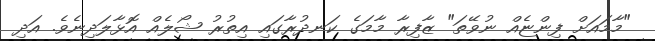
"މާމައަށް ފިންޏެއް ނުވޭތަ" ޒާފިރާ މާމަގެ ކަނދުރާގައި އިތުރު ޝޯލެއް އޮޅާލަދިނެވެ. އަދި